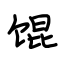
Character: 馄